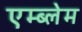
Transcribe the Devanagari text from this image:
एम्ब्लेम